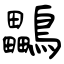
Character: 鸓